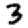
Digit: 3